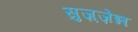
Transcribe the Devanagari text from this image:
सुज़्ज़ेन्न